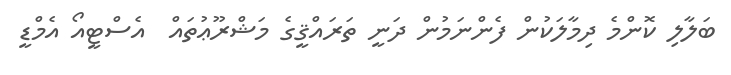
ބަލާލި ކޮންމެ ދިމާލަކުން ފެންނަމުން ދަނީ ތަރައްޤީގެ މަޝްރޫޢުތައް  އެސްޓީއޯ އެމްޑީ